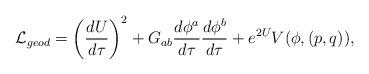
LaTeX: \begin{align*}{\cal L}_{geod}=\left({{dU}\over{d\tau}}\right)^2+G_{ab}{{d\phi^a}\over{d\tau}}{{d\phi^b}\over{d\tau}}+e^{2U}V(\phi,(p,q)),\end{align*}